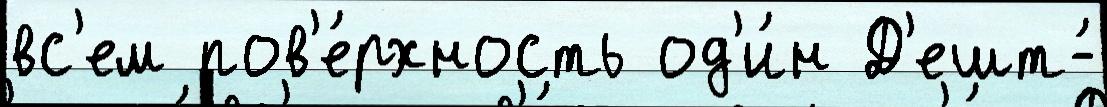
вс'ем пов'е́рхность од'и́н Д'ешт-́